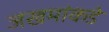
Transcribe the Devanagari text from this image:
जखमांकडे